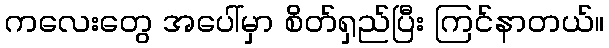
ကလေးတွေ အပေါ်မှာ စိတ်ရှည်ပြီး ကြင်နာတယ်။